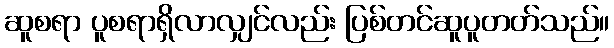
ဆူစရာ ပူစရာရှိလာလျှင်လည်း ပြစ်တင်ဆူပူတတ်သည်။